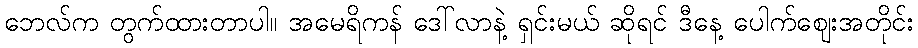
ဘေလ်က တွက်ထားတာပါ။ အမေရိကန် ဒေါ်လာနဲ့ ရှင်းမယ် ဆိုရင် ဒီနေ့ ပေါက်ဈေးအတိုင်း